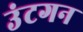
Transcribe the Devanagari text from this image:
उंटगन